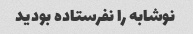
نوشابه را نفرستاده بودید